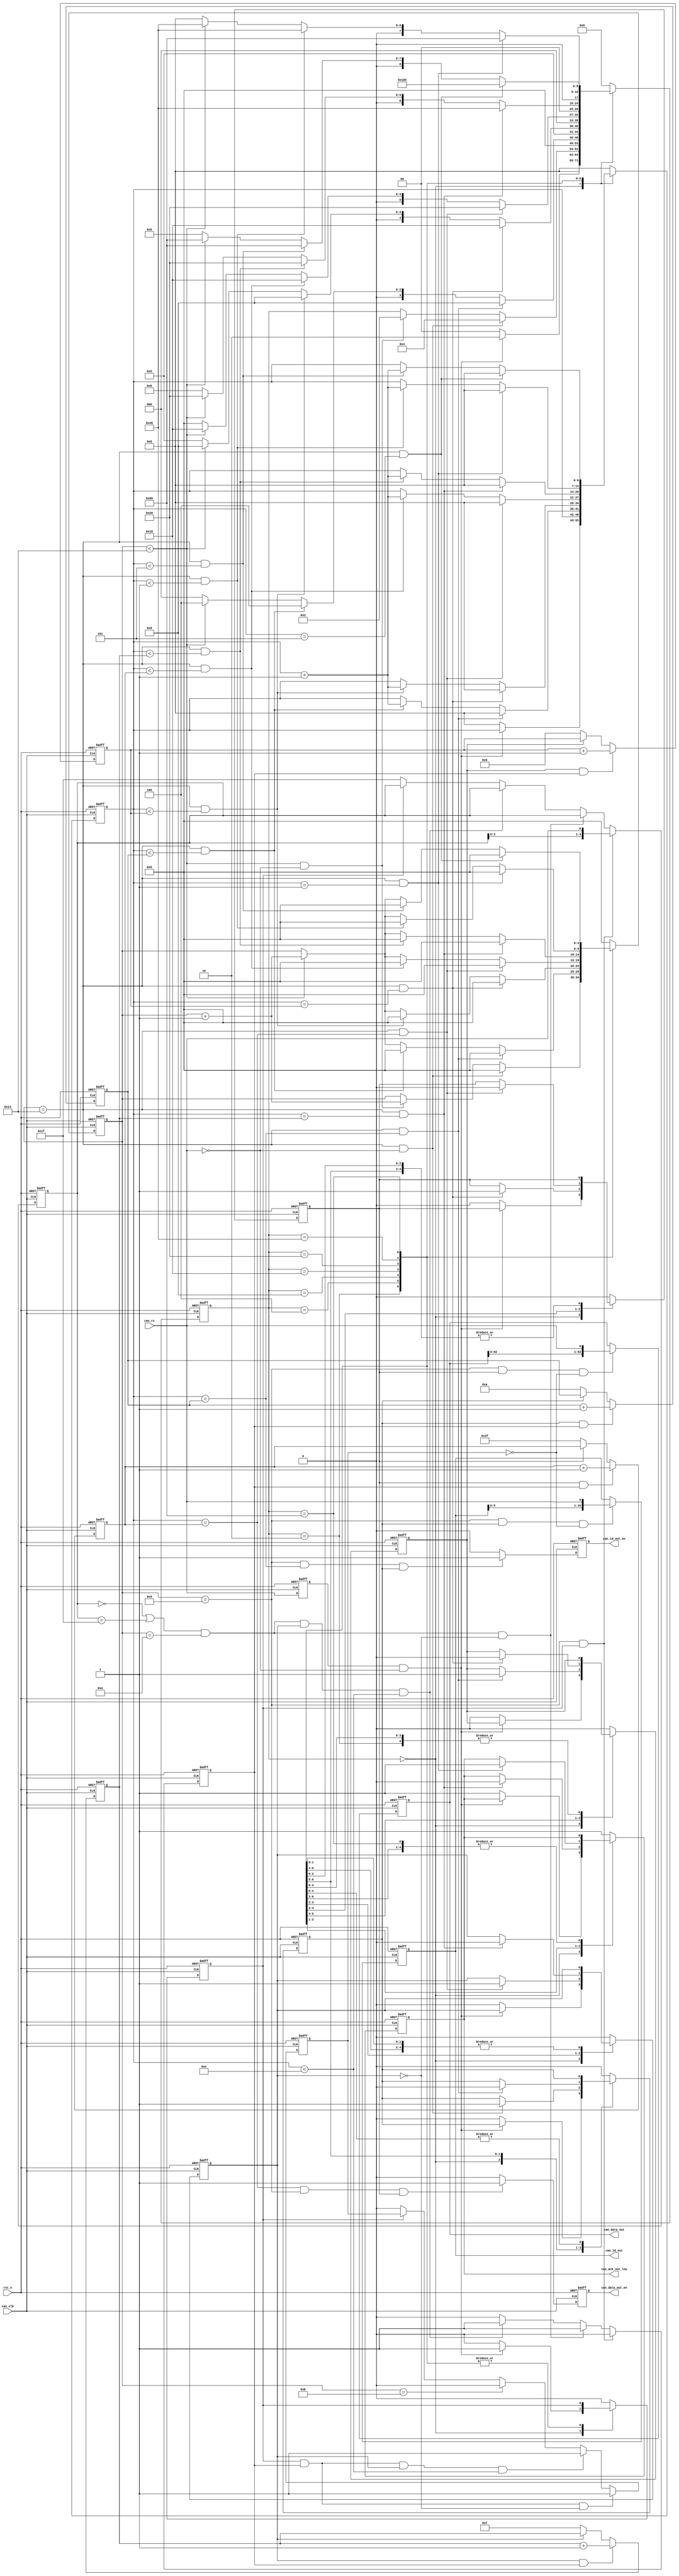
`timescale 1ns / 1ps

module can_rx (
    input   wire        can_clk,
    input   wire        rst_n,
    input   wire	    can_rx,
    
    output  reg		    can_ack_out_low,
    output  reg		    can_id_out_en,
    output  reg	[10:0]  can_id_out,
    output  reg		    can_data_out_en,
    output  reg	[63:0]  can_data_out
);		
		
reg [8:0]   state							;
reg 	    can_rx_t						;
reg 	    error_state						;
reg [9:0]   error_data						;
reg [4:0]   one_bit_cont					;
reg [10:0]  can_id							;
reg [6:0]   bit_cont						;
reg 	    id_en_flag						;
reg 	    contral_flag					;
reg 	    data_en_flag					;
reg 	    cic_en_flag						;
reg 	    can_rx_en_flag					;
reg 	    can_rx_unen_flag				;
reg [4:0]   can_continuity_data				;
reg 	    can_continuity_data_flag		;
reg [4:0]   can_id_data_cont				;
reg [3:0]   can_contral_data_cont			;
reg [6:0]   can_data_data_cont				;
reg [4:0]   can_cic_data_cont				;

always @(posedge can_clk or negedge rst_n) begin
    if(rst_n==1'b0)
        can_rx_t <= 'b0;
    else
        can_rx_t <= can_rx;
end

parameter state_idle = 9'b000000000;    // 
parameter state_start = 9'b000000001;   // 
parameter state_sof = 9'b000000010;     // SOF
parameter state_id = 9'b000000100;      // ID
parameter state_control = 9'b000001000; // 
parameter state_data = 9'b000010000;    // 
parameter state_crc = 9'b000100000;     // CRC
parameter state_ack = 9'b001000000;     // ACK
parameter state_eof = 9'b010000000;     // 
parameter state_end = 9'b100000000;     // 
parameter bit_flag_no = 5'b10011;		

always @(posedge can_clk or negedge rst_n)begin
    if(rst_n==1'b0) begin
        state <= 'b0;
        one_bit_cont <= 'b0;
        bit_cont <= 'b0;
        id_en_flag <= 'b0;
        contral_flag <= 'b0;
        data_en_flag <= 'b0;
        cic_en_flag <= 'b0;
        can_rx_en_flag <= 'b0;
        can_ack_out_low <= 'b1;
    end else case(state) 
        state_idle: begin if ((can_rx_t==1'b1)&&(can_rx==1'b0))	begin
					state						<= state_sof					;
					one_bit_cont				<= 'b0							;
					can_rx_en_flag              <= 'b1							;
			end else begin
					state						<= state_idle					;
					one_bit_cont				<= 'b0							;
					bit_cont					<= 'b0							;
					id_en_flag					<= 'b0							;
					contral_flag                <= 'b0							;
					data_en_flag				<= 'b0							;
					cic_en_flag	                <= 'b0							;
					can_rx_en_flag              <= 'b0							;
					can_ack_out_low				<= 'b1							;
			end 
		end 
        state_sof: begin if ((one_bit_cont==bit_flag_no)&&(can_rx==1'b0)) begin
					state						<= state_id						;
					id_en_flag					<= 'b1							;
					one_bit_cont				<= 'b0							;
			end else if ((one_bit_cont<bit_flag_no)&&(can_rx==1'b0)) begin
					state						<= state_sof					;
					one_bit_cont				<= one_bit_cont + 1'b1			;
			end 
		end 
        state_id: begin if ((one_bit_cont==bit_flag_no)&&(bit_cont==can_id_data_cont)) begin
            		state						<= state_control				;
            		id_en_flag					<= 'b0							;
            		contral_flag				<= 'b1							;
            		one_bit_cont				<= 'b0							;
            		bit_cont					<= 'b0							;
            end else if ((one_bit_cont==bit_flag_no)&&(bit_cont<can_id_data_cont)) begin
            		state						<= state_id						;
            		one_bit_cont				<= 'b0							;
            		bit_cont					<= bit_cont + 1'b1				;
            end else if (one_bit_cont<bit_flag_no) begin
            		state						<= state_id						;
            		one_bit_cont				<= one_bit_cont + 1'b1			;
            end else begin
            		state						<= state_idle					;
            end 
        end 
        state_control: begin if ((one_bit_cont==bit_flag_no)&&(bit_cont==can_contral_data_cont)) begin
            		state						<= state_data					;
            		contral_flag				<= 'b0							;
            		one_bit_cont				<= 'b0							;
            		bit_cont					<= 'b0							;
            		data_en_flag                <= 'b1							;
            end else if ((one_bit_cont==bit_flag_no)&&(bit_cont<can_contral_data_cont)) begin
            		state						<= state_control				;
            		one_bit_cont				<= 'b0							;
            		bit_cont					<= bit_cont + 1'b1				;
            end else if (one_bit_cont<bit_flag_no) begin
            		state						<= state_control				;
            		one_bit_cont				<= one_bit_cont + 1'b1			;
            end else begin
            		state						<= state_idle					;
            end 
        end 
        state_data:	begin if ((one_bit_cont==bit_flag_no)&&(bit_cont==can_data_data_cont))	begin
            		state						<= state_crc					;
            		one_bit_cont				<= 'b0							;
            		bit_cont					<= 'b0							;
            		data_en_flag                <= 'b0							;
            		cic_en_flag					<= 'b1							;
            end else if ((one_bit_cont==bit_flag_no)&&(bit_cont<can_data_data_cont)) begin
            		state						<= state_data					;
            		one_bit_cont				<= 'b0							;
            		bit_cont					<= bit_cont + 1'b1				;
            end else if (one_bit_cont<bit_flag_no) begin
            		state						<= state_data					;
            		one_bit_cont				<= one_bit_cont + 1'b1			;
            end else begin
            		state						<= state_idle					;
            end 
        end 
        state_crc: begin if ((one_bit_cont==bit_flag_no)&&(bit_cont==can_cic_data_cont))	begin
            		state						<= state_ack					;
            		can_ack_out_low				<= 'b0							;
            		one_bit_cont				<= 'b0							;
            		bit_cont					<= 'b0							;
            		cic_en_flag					<= 'b0							;
            end else if ((one_bit_cont==bit_flag_no)&&(bit_cont<can_cic_data_cont)) begin
            		state						<= state_crc					;
            		one_bit_cont				<= 'b0							;
            		bit_cont					<= bit_cont + 1'b1				;
            end else if (one_bit_cont<bit_flag_no) begin
            		state						<= state_crc					;
            		one_bit_cont				<= one_bit_cont + 1'b1			;
            end else begin
            		state						<= state_idle					;
            end
        end
        state_ack: begin if ((one_bit_cont==bit_flag_no)&&(bit_cont==1))	begin
            		state						<= state_eof					;
            		can_ack_out_low				<= 'b1							;
            		one_bit_cont				<= 'b0							;
            		bit_cont					<= 'b0							;
            end else if ((one_bit_cont==bit_flag_no)&&(bit_cont<1)) begin
            		state						<= state_ack					;
            		one_bit_cont				<= 'b0							;
            		bit_cont					<= bit_cont + 1'b1				;
            end else if (one_bit_cont<bit_flag_no) begin
            		state						<= state_ack					;
            		one_bit_cont				<= one_bit_cont + 1'b1			;
            end else begin
            		state						<= state_idle					;
            end 
        end 
        state_eof: begin 
            if ((one_bit_cont==bit_flag_no)&&(bit_cont==5))	begin
            		state						<= state_end					;
            		one_bit_cont				<= 'b0							;
            		bit_cont					<= 'b0							;
            end else if ((one_bit_cont==bit_flag_no)&&(bit_cont<5)) begin
            		state						<= state_eof					;
            		one_bit_cont				<= 'b0							;
            		bit_cont					<= bit_cont + 1'b1				;
            end else if (one_bit_cont<bit_flag_no) begin
            		state						<= state_eof					;
            		one_bit_cont				<= one_bit_cont + 1'b1			;
            end else begin
            		state						<= state_idle					;
            end 
        end 
        state_end: begin 
            state						<= state_idle					;
            one_bit_cont				<= 'b0							;
            bit_cont					<= 'b0							;
            id_en_flag					<= 'b0							;
            contral_flag                <= 'b0							;
            data_en_flag				<= 'b0							;
            cic_en_flag	                <= 'b0							;
            can_rx_en_flag              <= 'b0							;
            can_ack_out_low				<= 'b1							;
        end 			
        default: begin 
            state						<= state_idle					;
            one_bit_cont				<= 'b0							;
            bit_cont					<= 'b0							;
            id_en_flag					<= 'b0							;
            contral_flag                <= 'b0							;
            data_en_flag				<= 'b0							;
            cic_en_flag	                <= 'b0							;
            can_rx_en_flag              <= 'b0							;
            can_ack_out_low				<= 'b1							;
        end 	 
        endcase
end 

//always @(posedge can_clk or negedge rst_n)begin
//if(rst_n==1'b0) begin
//error_data	<= 'b0									;
//end else if (can_rx_en_flag==1) begin
//error_data	<= {error_data[9:0],can_rx	}				;
//end	else if (one_bit_cont==11) begin
//can_rx_unen_flag	<= 1'b0									;
//end else if (can_rx_en_flag==0)
//can_rx_unen_flag	<= 'b0									;
//end 

always @(posedge can_clk or negedge rst_n)begin
    if(rst_n==1'b0) begin
        can_continuity_data <= 5'b11111;
        can_continuity_data_flag <= 'b0;
    end else if ((one_bit_cont==9)&&(can_rx_en_flag==1)) begin
        can_continuity_data <= {can_continuity_data[3:0],can_rx};
        can_continuity_data_flag <= 'b0;
    end	else if (((can_continuity_data==0)||(can_continuity_data==5'b11111))&&(one_bit_cont==10)&&(cic_en_flag==0)) begin
        can_continuity_data_flag <= 'b1;
    end else if (((can_continuity_data==0)||(can_continuity_data==5'b11111))&&(one_bit_cont==10)&&(cic_en_flag==1)&&(bit_cont<14)) begin
        can_continuity_data_flag <= 'b1;
    end else if (can_rx_en_flag==0) begin
        can_continuity_data <= 5'b11111;
        can_continuity_data_flag <= 'b0;
    end else begin
        can_continuity_data_flag <= 'b0;
    end
end

always @(posedge can_clk or negedge rst_n)begin
    if(rst_n==1'b0)
        can_rx_unen_flag <= 'b0;
    else if ((can_rx_en_flag==1)&&(can_continuity_data_flag==1)&&(cic_en_flag==0))
        can_rx_unen_flag <= 1'b1;
    else if ((can_rx_en_flag==1)&&(can_continuity_data_flag==1)&&(cic_en_flag==1)&&(bit_cont<14))
        can_rx_unen_flag <= 1'b1;
    else if (one_bit_cont==11)
        can_rx_unen_flag <= 1'b0;
    else if (can_rx_en_flag==0)
        can_rx_unen_flag <= 'b0;
end 

always @(posedge can_clk or negedge rst_n)begin
    if(rst_n==1'b0)
        can_id_data_cont			<= 'd10									;
    else if ((id_en_flag==1)&&(can_continuity_data_flag==1))
        can_id_data_cont			<= can_id_data_cont + 1'b1		;
    else if (id_en_flag==0)  
        can_id_data_cont			<= 'd10									;
end 

always @(posedge can_clk or negedge rst_n)begin
    if(rst_n==1'b0)
        can_contral_data_cont		<= 'd6									;
    else if ((contral_flag==1)&&(can_continuity_data_flag==1))
        can_contral_data_cont		<= can_contral_data_cont	+ 1'b1		;
    else if (contral_flag==0) 
        can_contral_data_cont		<= 'd6									;
end 

always @(posedge can_clk or negedge rst_n)begin
    if(rst_n==1'b0)
        can_data_data_cont			<= 'd63									;
    else if ((data_en_flag==1)&&(can_continuity_data_flag==1))
        can_data_data_cont			<= can_data_data_cont		+ 1'b1		;
    else if (data_en_flag==0)  
        can_data_data_cont			<= 'd63									;
end 

always @(posedge can_clk or negedge rst_n)begin
    if(rst_n==1'b0)
        can_cic_data_cont			<= 'd15									;
    else if ((cic_en_flag==1)&&(can_continuity_data_flag==1))
        can_cic_data_cont			<= can_cic_data_cont		+ 1'b1		;
    else if (cic_en_flag==0) 
        can_cic_data_cont			<= 'd15									;
end 

always @(posedge can_clk or negedge rst_n) begin
    if(rst_n==1'b0)
        can_id_out <= 'b0;
    else if ((one_bit_cont==9)&&(id_en_flag==1)&&(can_rx_unen_flag==0))
        can_id_out <= {can_id_out[9:0],can_rx	};
end 

always @(posedge can_clk or negedge rst_n) begin
    if(rst_n==1'b0) begin
        can_id_out_en <= 'b0;
    end else if ((one_bit_cont==9)&&(bit_cont==can_id_data_cont)&&(id_en_flag==1)) begin
        can_id_out_en <= 1'b1;
    end else 
        can_id_out_en <= 'b0;
end 

always @(posedge can_clk or negedge rst_n) begin
    if(rst_n==1'b0)
        can_data_out <= 'b0;
    else if ((one_bit_cont==9)&&(data_en_flag==1)&&(can_rx_unen_flag==0))
        can_data_out <= {can_data_out[62:0],can_rx	};
end 

always @(posedge can_clk or negedge rst_n) begin
    if(rst_n==1'b0)
        can_data_out_en	<= 'b0;
    else if ((bit_cont==can_data_data_cont)&&(one_bit_cont==9)&&(data_en_flag==1))
        can_data_out_en	<= 1'b1;
    else 
        can_data_out_en	<= 'b0;
end

endmodule